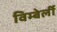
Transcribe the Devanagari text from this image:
विम्बेर्ली